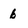
Character: 6